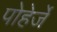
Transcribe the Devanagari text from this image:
पोहेर्जे